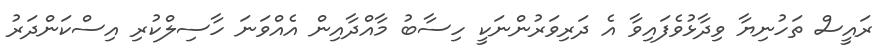
ރައީސް ތަހުނިޔާ ވިދާޅުވެފައިވާ އެ ދަރިވަރުންނަކީ ހިސާބު މާއްދާއިން އެއްވަނަ ހާސިލްކުރި އިސްކަންދަރު